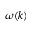
\omega ( k )